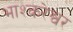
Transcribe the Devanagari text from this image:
भाश्करेश्वर